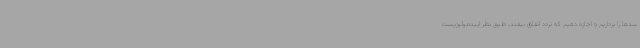
سدها را برداریم و اجازه دهیم که تردد اتفاق بیفتد، طبق نظر اپیدمولوژیست